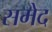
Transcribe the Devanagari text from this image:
समेद